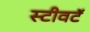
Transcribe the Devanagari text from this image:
स्टीवटॅ